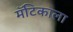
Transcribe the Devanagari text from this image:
मॅटिकाला